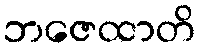
ဘဇေထာတိ